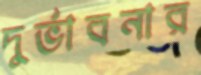
দুর্ভাবনার